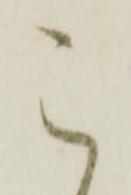
こ